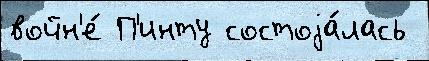
войн'е́ П'инту состоjа́лась